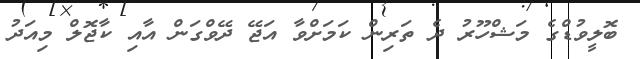
ބޮލީވުޑްގެ މަޝްހޫރު ދެ ތަރިން ކަމަށްވާ އަޖޭ ދޭވްގަން އާއި ކާޖޮލް މިއަދު